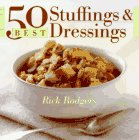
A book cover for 50 Best Stuffings and Dressings (365 Ways Series); Rick Rodgers; Cookbooks, Food & Wine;